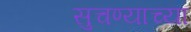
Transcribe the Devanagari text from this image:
सुचण्याच्या